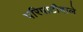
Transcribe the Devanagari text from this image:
परिपाटीवाले